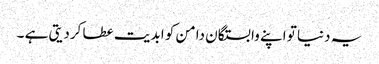
یہ دنیا تو اپنے وابستگان دامن کو ابدیت عطا کردیتی ہے ۔